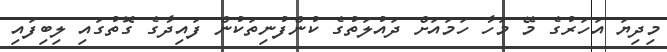
މިދިޔަ އަހަރުގެ މޭ މަހާ ހަމައަށް ދައުލަތުގެ ކުންފުނިތަކުން ފައިދާގެ ގޮތުގައި ލިބިފައި